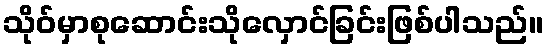
သိုဝ်မှာစုဆောင်းသိုလှောင်ခြင်းဖြစ်ပါသည်။